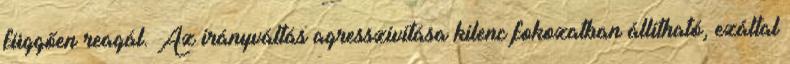
függően reagál. Az irányváltás agresszivitása kilenc fokozatban állítható, ezáltal